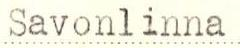
Savonlinna